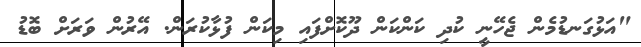
"އަޅުގަނޑުމެން ޖެހޭނީ ކުދި ކަންކަން ދޫކޮށްފައި މިކަން ފުޅާކުރަން. އޭރުން ވަރަށްް ބޮޑު